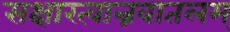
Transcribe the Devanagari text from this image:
सक्षारत्वान्नवातलम्